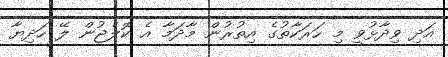
އަދި ވިދާޅުވީ މި ހަރަކާތުގެ އިތުރުން މާދަމާ އެ ކޮލެޖުން ލޭ ހަދިޔާ